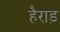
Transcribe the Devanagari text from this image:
हैराड़